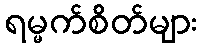
ရမ္မက်စိတ်များ